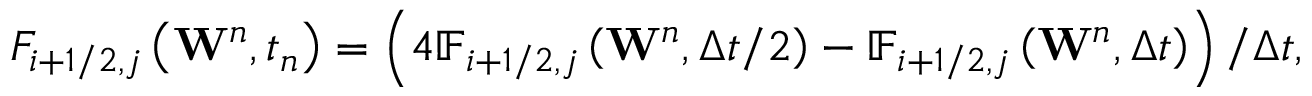
{ { F } _ { i + 1 / 2 , j } } \left( { { \mathbf { W } } ^ { n } } , { { t } _ { n } } \right) = \left( 4 { { \mathbb { F } } _ { i + 1 / 2 , j } } \left( { { \mathbf { W } } ^ { n } } , \Delta t / 2 \right) - { { \mathbb { F } } _ { i + 1 / 2 , j } } \left( { { \mathbf { W } } ^ { n } } , \Delta t \right) \right) / \Delta t ,